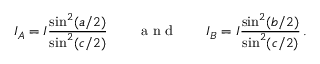
I _ { A } = I \frac { \sin ^ { 2 } ( a / 2 ) } { \sin ^ { 2 } ( c / 2 ) } \qquad \mathrm { ~ a ~ n ~ d ~ } \qquad I _ { B } = I \frac { \sin ^ { 2 } ( b / 2 ) } { \sin ^ { 2 } ( c / 2 ) } \, .